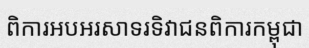
ពិការអបអរសាទរទិវាជនពិការកម្ពុជា